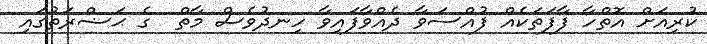
ކުރިއަށް އޮތްހާ ފާފަތަކެއް ފުއްސަވާ ދެއްވާފައިވާ ހިނދުވެސް މާތް  ގެ ޙަޟްރަތުގައި